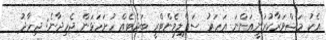
އެކު މަޝްވަރާކުރަނީއަންނަ އަހަރު ސަޕްލިމެންޓްރީ ބަޖެޓެއް ހުށަހަޅަން ޖެހިދާނެ: ޖިހާދު